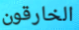
الخارقون